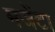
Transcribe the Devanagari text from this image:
मजेंटा